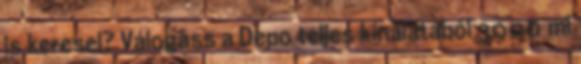
is keresel? Válogass a Depo teljes kínálatából 3000 ml